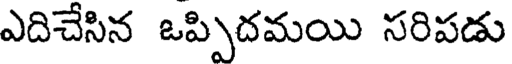
ఎదిచేసిన ఒప్పిదమయి సరిపడు